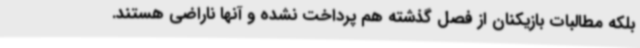
بلکه مطالبات بازیکنان از فصل گذشته هم پرداخت نشده و آنها ناراضی هستند.